system: You are a helpful assistant.
user:
Analyze the provided spectrum to determine if it is a **S-type Star**.

- **Key Indicators for S-type Star:**

    - **(Overall Spectrum Shape):** The first and most obvious characteristic is the overall continuum (the "baseline" shape). It is **extremely "red-sloping,"** meaning the flux (light intensity) is very low on the left side (blue, ~4000-4500 Å) and rises steeply and continuously toward the right side (red, ~7000 Å+).

    - **(Primary):** The spectrum is defined by the presence of strong, broad molecular absorption "valleys" (bands) from **Zirconium Oxide (ZrO)**. The identification of these bands is the **primary requirement** for classifying a star as S-type.
        - **(Key Bandheads):** You must find distinct, deep "dips" where the light has been absorbed. The most critical band systems to locate are:
            - **~6474 Å** ($\gamma$-system): This is often the strongest and clearest ZrO feature, found in the red part of the spectrum.
            - **~5718 Å** & **~5551 Å** ($\beta$-system): A pair of prominent absorption features in the yellow-orange part of the spectrum.
            - **~4640 Å** ($\alpha$-system): A key absorption band system in the blue-green region of the spectrum.

    - **(Secondary Confirmation):** The classification is strengthened by finding additional absorption bands from other related heavy element oxides, which are expected to be present alongside ZrO.
        - **(Key Bandheads):**
            - **Yttrium Oxide (YO):** Look for absorption dips near **~4800 Å** and **~6100 Å**.
            - **Lanthanum Oxide (LaO):** Additional absorption features, particularly in the red-orange part of the spectrum, are also characteristic.

    - **(Line Profile):** The combination of the steep red continuum and these numerous, deep molecular bands (ZrO, YO, etc.) gives the entire spectrum a very **"chopped-up"** or **"bumpy"** appearance. Instead of a smooth curve, the spectrum looks as though large, wide chunks of light have been "carved out" of it at the specific wavelengths listed above.

Think first, call **spectral_visualization_tool** if needed to examine features in detail, then provide your final answer. Your response must adhere to the following strict rules:
1.  **Overall Structure:** Your response must follow the format `<think>...</think> <tool_call>...</tool_call> (if a tool is used) <answer>...</answer>`.
2.  **Tool Usage Constraint:** You may only make **one** tool call per turn.
3.  **Final Answer Format:** In the `<answer>` tag, your conclusion must be inside a `\boxed{}` command (e.g., `\boxed{YES}` or `\boxed{NO}`), followed by your justification.

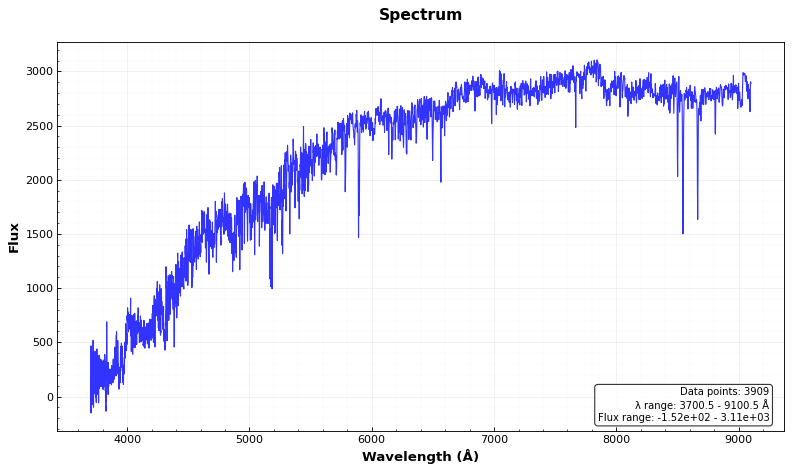
Answer: NO